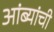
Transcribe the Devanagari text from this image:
आंब्यांची